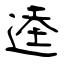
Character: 逵